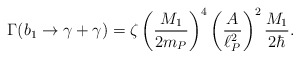
\begin{align*}\Gamma(b_1 \to \gamma + \gamma)= \zeta \left({M_1\over2m_P}\right)^4 \left({A\over\ell_P^2}\right)^2{M_1\over2\hbar}.\end{align*}